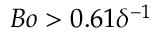
B o > 0 . 6 1 \delta ^ { - 1 }